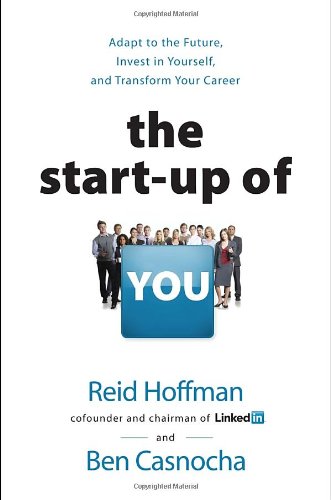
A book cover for The Start-up of You: Adapt to the Future, Invest in Yourself, and Transform Your Career; Reid Hoffman; Business & Money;